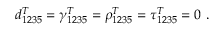
d _ { 1 2 3 5 } ^ { T } = \gamma _ { 1 2 3 5 } ^ { T } = \rho _ { 1 2 3 5 } ^ { T } = \tau _ { 1 2 3 5 } ^ { T } = 0 \ .